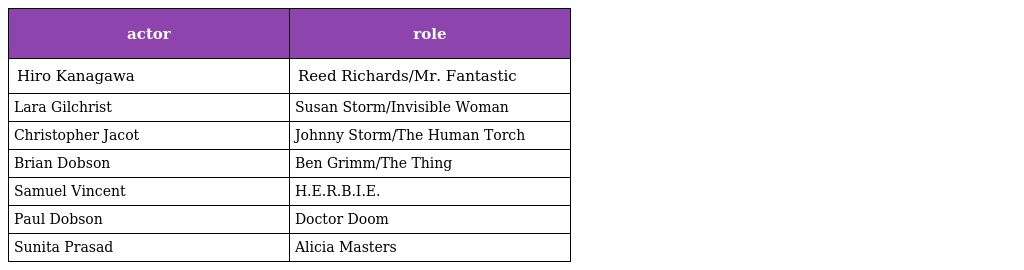
| actor | role |
 | --- | --- |
 | Hiro Kanagawa | Reed Richards/Mr. Fantastic |
 | Lara Gilchrist | Susan Storm/Invisible Woman |
 | Christopher Jacot | Johnny Storm/The Human Torch |
 | Brian Dobson | Ben Grimm/The Thing |
 | Samuel Vincent | H.E.R.B.I.E. |
 | Paul Dobson | Doctor Doom |
 | Sunita Prasad | Alicia Masters |